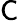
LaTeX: \textsf{C}